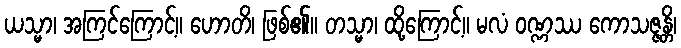
ယသ္မာ၊ အကြင်ကြောင့်။ ဟောတိ၊ ဖြစ်၏။ တသ္မာ၊ ထို့ကြောင့်။ မလံ ဝဏ္ဏဿ ကောသဇ္ဇန္တိ၊